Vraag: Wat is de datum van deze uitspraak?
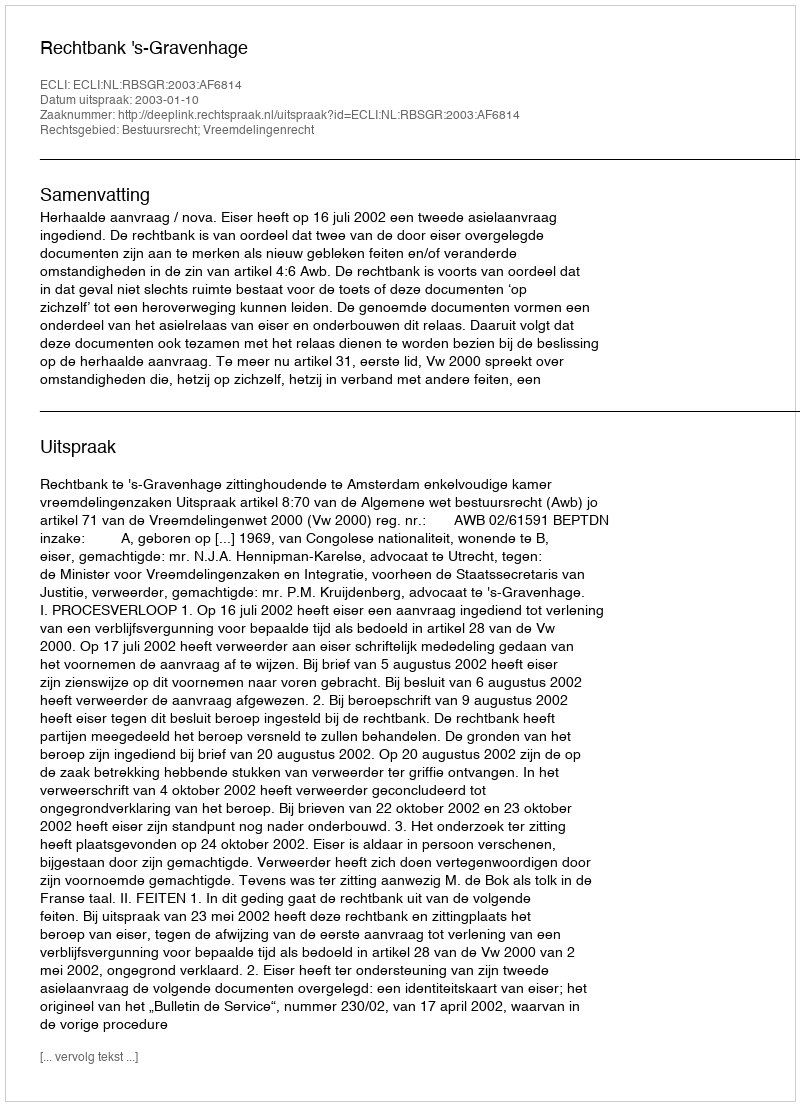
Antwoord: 2003-01-10